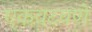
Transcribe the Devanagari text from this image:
एकवटवणे